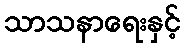
သာသနာရေးနှင့်